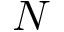
N